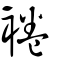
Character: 裷